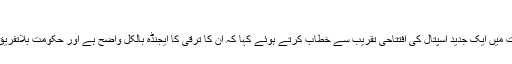
وزیر اعلی گلگت بلتستان
گلگت ( پ ر) وزیر اعلی گلگت بلتستان حفیظ الرحمن نے اتوارکے روز گلگت میں ایک جدید اسپتال کی افتتاحی تقریب سے خطاب کرتے ہوئے کہا کہ ان کا ترقی کا ایجنڈہ بالکل واضح ہے اور حکومت بلاتفریق گلگت بلتستان کے طول عرض میں ترقیاتی منصوبوں کا جال بچھادے گی ۔